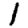
Digit: 1